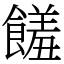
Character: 饈